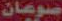
صوعان